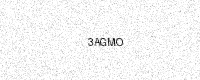
Text: 3AGMO